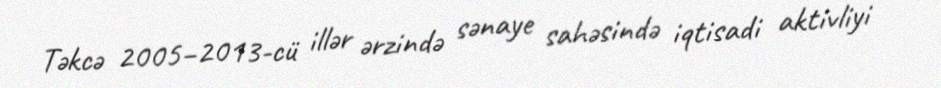
Təkcə 2005–2013-cü illər ərzində sənaye sahəsində iqtisadi aktivliyi